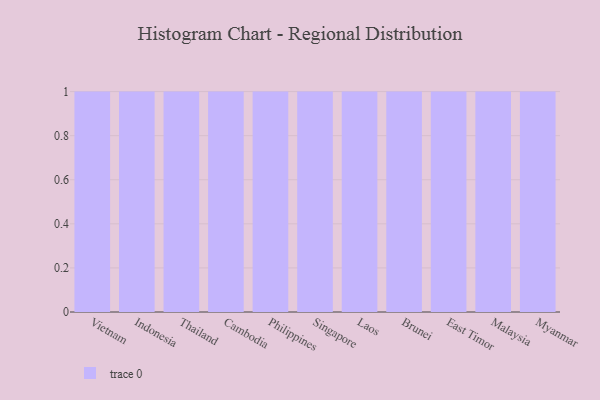
{"axis": {"x": "Country", "y": "Headcount"}, "legend": [""], "data": [{"x": "Vietnam", "y": 5, "type": ""}, {"x": "Indonesia", "y": 60, "type": ""}, {"x": "Thailand", "y": 28, "type": ""}, {"x": "Cambodia", "y": 41, "type": ""}, {"x": "Philippines", "y": 25, "type": ""}, {"x": "Singapore", "y": 54, "type": ""}, {"x": "Laos", "y": 54, "type": ""}, {"x": "Brunei", "y": 81, "type": ""}, {"x": "East Timor", "y": 56, "type": ""}, {"x": "Malaysia", "y": 47, "type": ""}, {"x": "Myanmar", "y": 75, "type": ""}]}